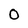
Character: O